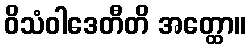
ဝိသံဝါဒေတီတိ အတ္ထော။